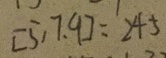
[ 5 , 7 . 9 ] = 2 4 5